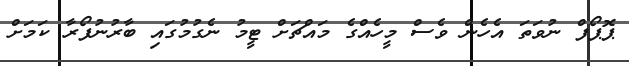
ޕޮޕޯފް ނުވަތަ އެހެން ވެސް މީހެއްގެ މައްޗަށް ޓީމު ނެގުމުގައި ބާރުނުފޯރާ ކަމަށް